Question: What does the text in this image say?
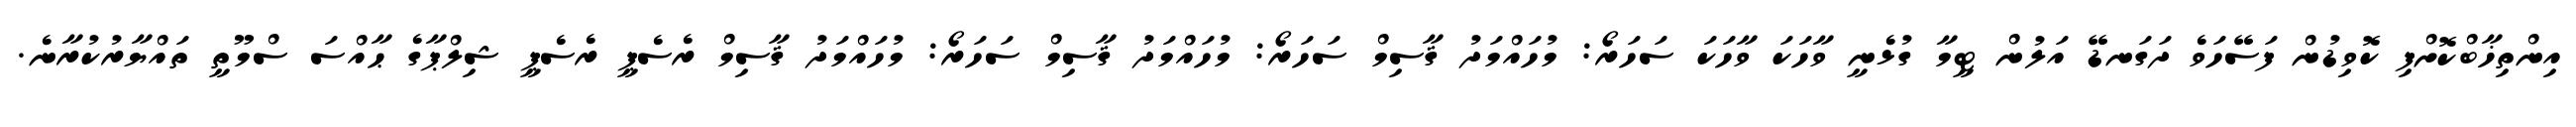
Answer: އިންތިޚާބްކޮށްފި ކޮވިޑުން ފަސޭހަވެ ދަގަނޑޭ އަލުން ޓީމާ ގުޅެނީ ވާހަކަ ވާހަކަ ސަހަރޯ: މުހައްމަދު ޤާސިމް ސަހަރޯ: މުހައްމަދު ޤާސިމް ސަހަރޯ: މުހައްމަދު ޤާސިމް ރެސެޕީ ރެސެޕީ ޝިލްޕާގެ ޙާއްސަ ސްމޫތީ ތައްޔާރުކުރާނެ.